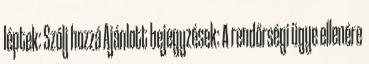
léptek: Szólj hozzá Ajánlott bejegyzések: A rendőrségi ügye ellenére